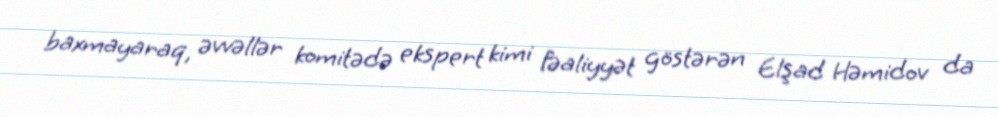
baxmayaraq, əvvəllər komitədə ekspert kimi fəaliyyət göstərən Elşad Həmidov da